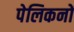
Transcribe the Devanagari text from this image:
पेलिकनों